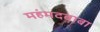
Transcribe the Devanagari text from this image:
महंमदबाबा